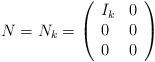
LaTeX: \begin{align*}N=N_k=\left(\begin{array}{lll}I_k & 0\\0 & 0\\0 & 0\end{array}\right)\end{align*}